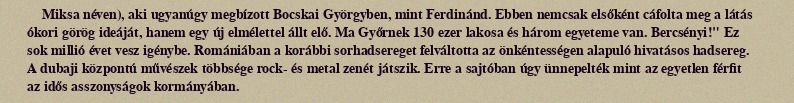
Miksa néven), aki ugyanúgy megbízott Bocskai Györgyben, mint Ferdinánd. Ebben nemcsak elsőként cáfolta meg a látás ókori görög ideáját, hanem egy új elmélettel állt elő. Ma Győrnek 130 ezer lakosa és három egyeteme van. Bercsényi!" Ez sok millió évet vesz igénybe. Romániában a korábbi sorhadsereget felváltotta az önkéntességen alapuló hivatásos hadsereg. A dubaji központú művészek többsége rock- és metal zenét játszik. Erre a sajtóban úgy ünnepelték mint az egyetlen férfit az idős asszonyságok kormányában.